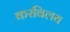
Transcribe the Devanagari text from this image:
करविलय